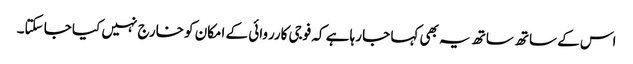
اس کے ساتھ ساتھ یہ بھی کہا جا رہا ہے کہ فوجی کارروائی کے امکان کو خارج نہیں کیا جا سکتا۔